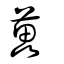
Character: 藟